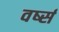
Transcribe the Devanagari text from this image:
वर्ष्स